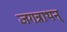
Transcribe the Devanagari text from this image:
जगन्नाथन्